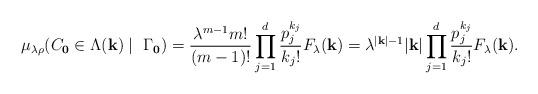
LaTeX: \begin{align*}\mu_{\lambda \rho}(C_{\bf 0}\in\Lambda({\bf k})\mid ~ \Gamma_{{\bf 0}})= \frac{\lambda^{m-1} m!}{(m-1)!}\prod_{j=1}^d \frac{p_j^{k_j}}{k_j!}F_\lambda ({\bf k})=\lambda^{|{\bf k}|-1}|{\bf k}|\prod_{j=1}^d \frac{p_j^{k_j}}{k_j!}F_\lambda ({\bf k}).\end{align*}